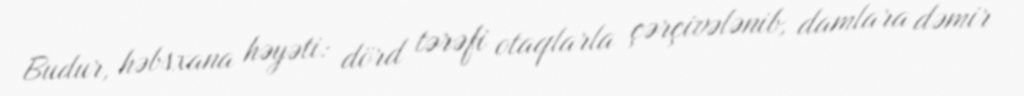
Budur, həbsxana həyəti: dörd tərəfi otaqlarla çərçivələnib, damlara dəmir